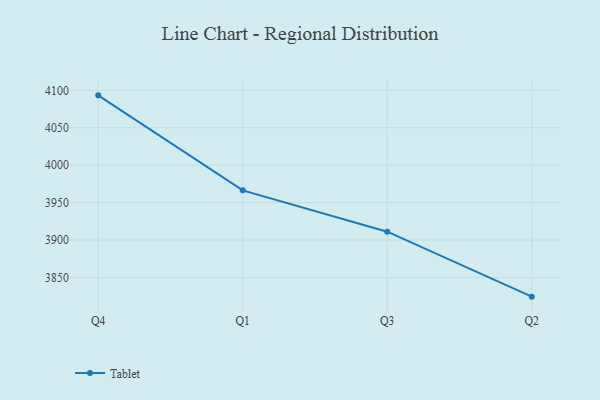
{"axis": {"x": "Quarter", "y": "Net Income (USD K)"}, "legend": ["Tablet"], "data": [{"x": "Q4", "y": 4093.3, "type": "Tablet"}, {"x": "Q1", "y": 3966.4, "type": "Tablet"}, {"x": "Q3", "y": 3911.2, "type": "Tablet"}, {"x": "Q2", "y": 3824.4, "type": "Tablet"}]}